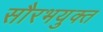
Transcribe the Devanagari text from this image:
सौरभयुक्त